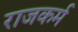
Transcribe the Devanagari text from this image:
राजकर्म